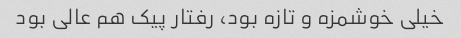
خیلی خوشمزه و تازه بود، رفتار پیک هم عالی بود